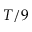
T / 9